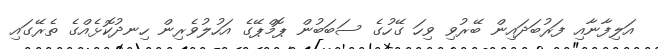
އަލިފާނާއި ފަރުބަދައިން ބޭރުވި ވިހަ ގޭހުގެ ސަބަބުން ޕޮމްޕޭގެ އަހުލުވެރިން ހިނދުކޮޅެއްގެ ތެރޭގައި